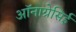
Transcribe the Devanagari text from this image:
ऑनाग्रेसिई